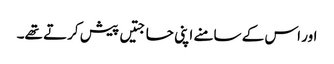
اور اس کے سامنے اپنی حاجتیں پیش کرتے تھے۔